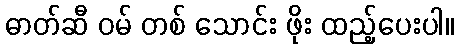
ဓာတ်ဆီ ဝမ် တစ် သောင်း ဖိုး ထည့်ပေးပါ။